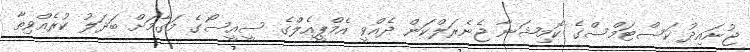
ޖުނައިދު ކަސްޓަމްސްގެ ކޮމިޝަނާ ޖެނެރަލްކަން ދެއްވީ އެމްޕީއެލްގެ ސީއީސޯގެ މަގާމަށް ބަދަލު ކުރެއްވިތާ